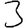
Digit: 3